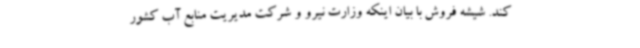
کند. شیشه فروش با بیان اینکه وزارت نیرو و شرکت مدیریت منابع آب کشور